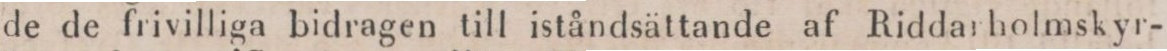
de de frivilliga bidragen till iståndsättande af Riddarholmskyr-